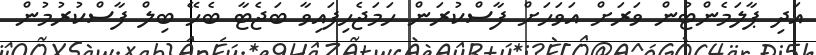
އަދި ޕާލަމެންޓުން ވަރަށް އަވަހަށް ފާސްކުރަން ހަމަޖެހިފައިވާ ބަޖެޓާ ބެހޭ ބިލް ފާސްކުރުމުން